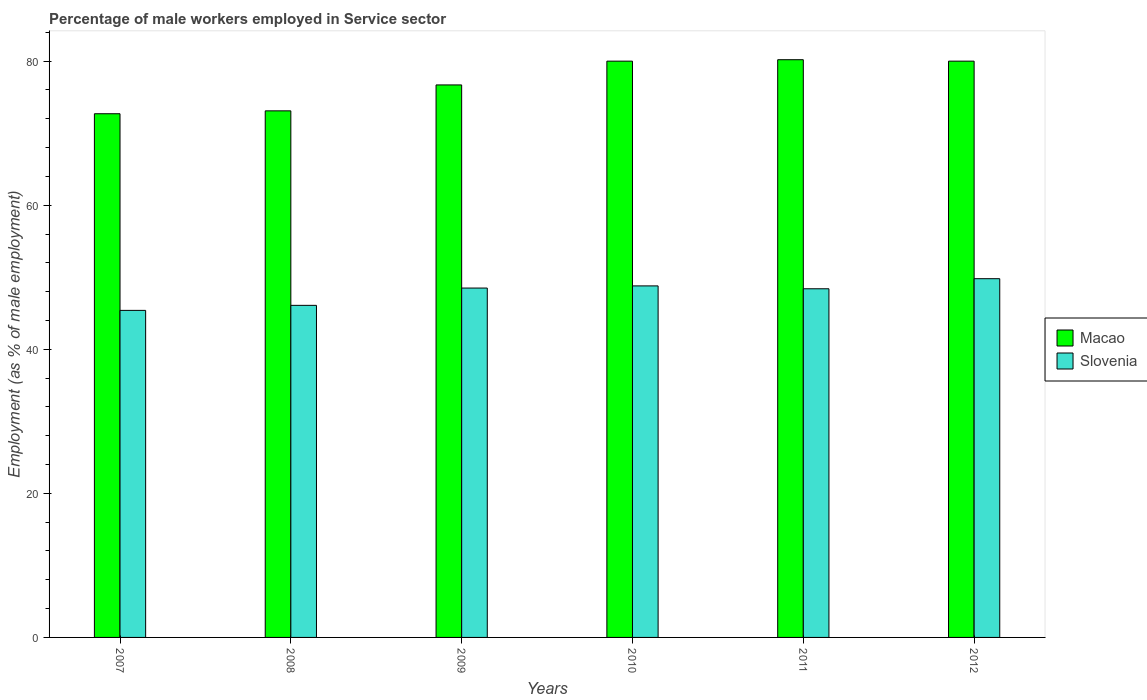
| Years | Macao | Slovenia |
 | --- | --- | --- |
 | 2007 | 72.7 | 45.4 |
 | 2008 | 73.1 | 46.1 |
 | 2009 | 76.7 | 48.5 |
 | 2010 | 80 | 48.8 |
 | 2011 | 80.2 | 48.4 |
 | 2012 | 80 | 49.8 |